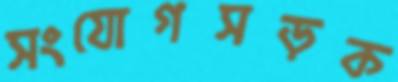
সংযোগসড়ক